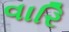
વારિ